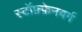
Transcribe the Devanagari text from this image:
स्टॉफ़्फ़ेनबर्ग